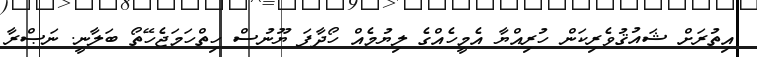
އިތުރަށް ޝައުޤުވެރިކަން ހުރިއްޔާ އެމީހެއްގެ ލިޔުމެއް ހޯދާފަ ޔޫނުސް ހިތްހަމަޖެހޭތޯ ބަލާނީ. ނަޞްރާ